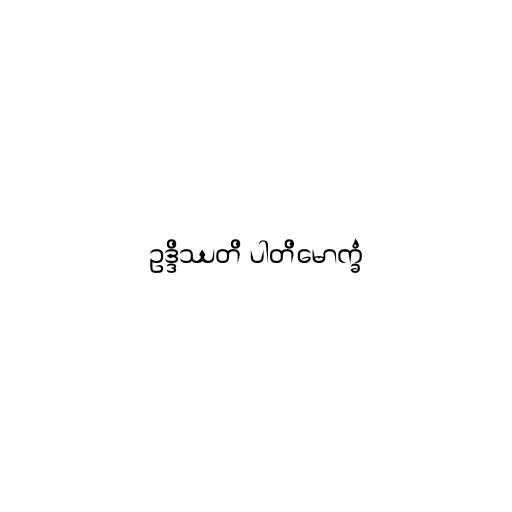
ဥဒ္ဒိဿတိ ပါတိမောက္ခံ